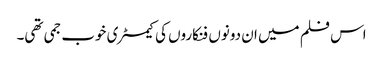
اس فلم میں ان دونوں فنکاروں کی کیمسٹری خوب جمی تھی۔